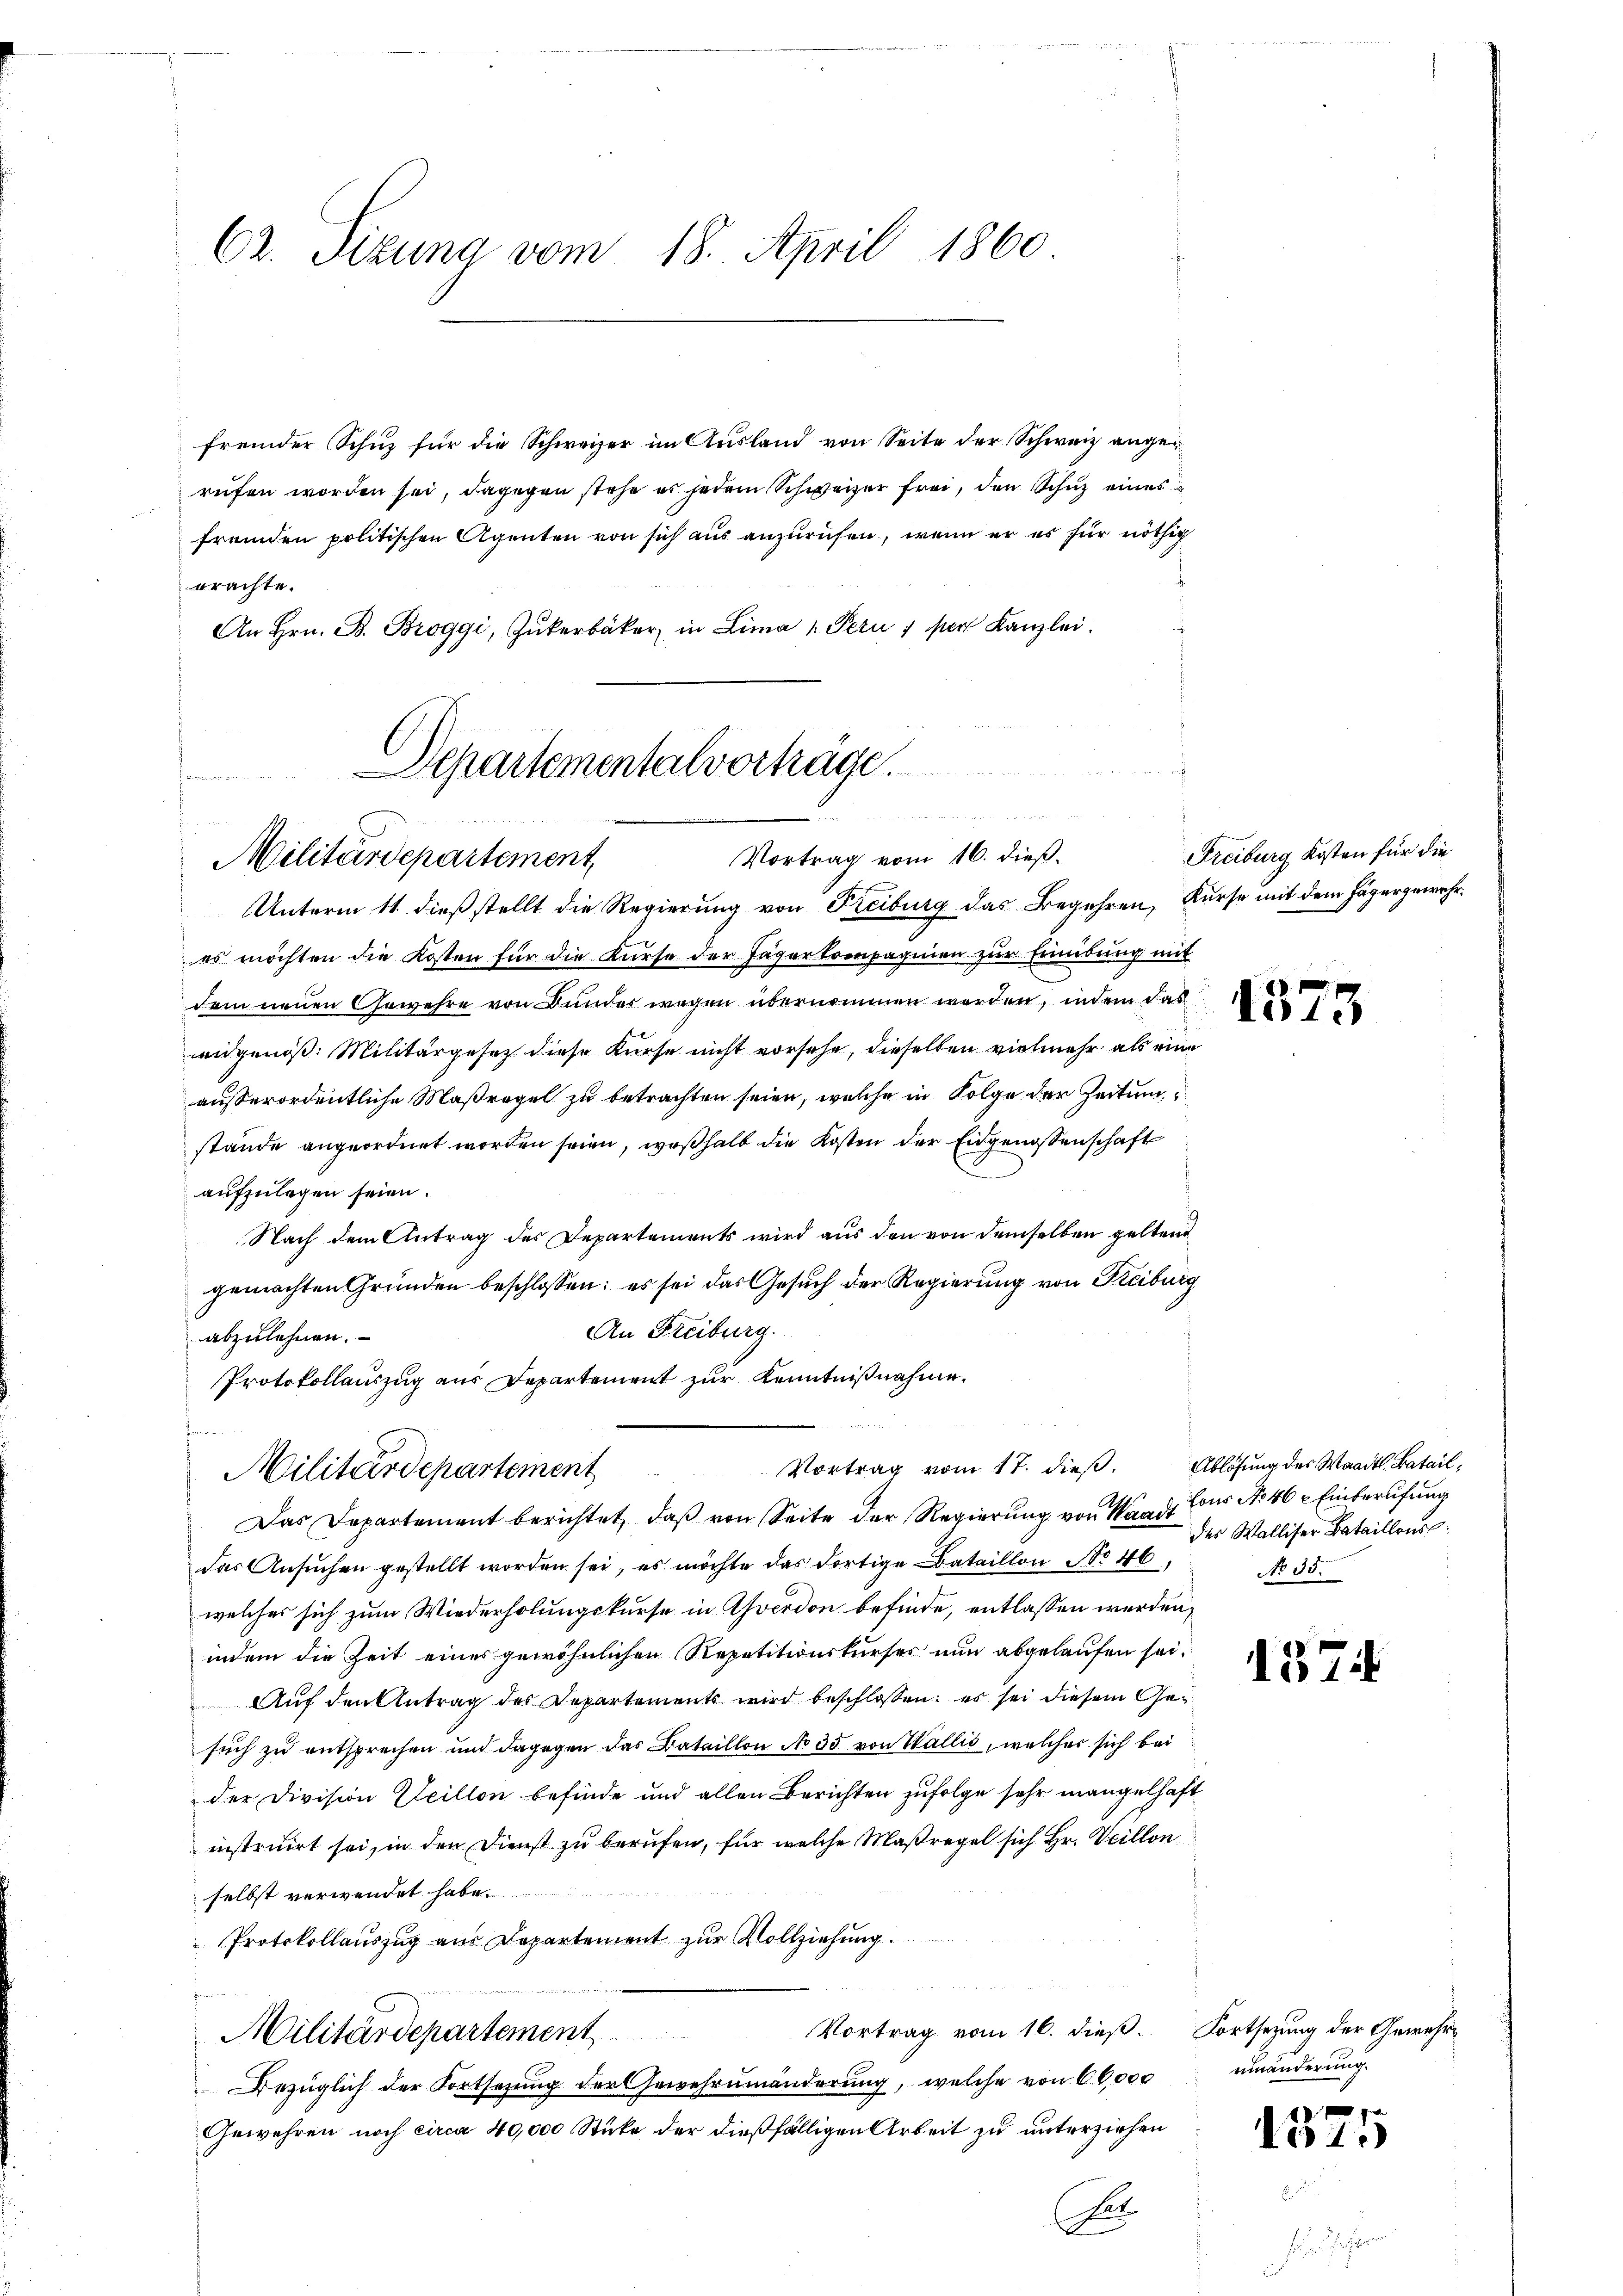
C2. Sizung vom 18. April 1860

fremder Schuz für die Schweizer im Ausland von Seite der Schweiz angerufen worden sei, dagegen stehe es jedem Schweizer frei, den Schuz eines
fremden politischen Agenten von sich aus anzurufen, wenn er es für nöthig
erachte.
An Hrn. B. Broggi, Zukerbäcker in Lima 1. Peru 1 per Kanzlei.

Departementalvorträge
Kindemandauern er

Vortrag vom 16. dieß.
Militärdepartement

Protokollauszug aus Departement zur Kenntnißnahme.
Militärdepartement

Unterm 11. dieß stellt die Regierung von Freiburg das Begehren, Kurse mit dem Fägergewehres möchten die Kosten für die Kurse der Jägerkompagnien zur Einibung mit
dem neuen Gewehre von Bunder wegen übernommen werden, indem das
engenoß. Militärgesetz diese Kurse nicht vorsehe, dieselben vielmehr als eine
außerordentliche Maßregel zu betrachten seien, welche in Folge der Zeitung
stände angeordnet worden seien, weßhalb die Kosten der Eidgenossenschaft
aufzulegen seien.
Nach dem Antrag des Departements wird aus den von demselben geltend
gemachten Gründen beschlossen: es sei das Gesŭch der Regierung von Freiburg
An Freiburg.
abzulehnen.
Das Departement berichtet, daß von Seite der Regierung von Waadt Cons No 46 - Einberufung
das Ansuchen gestellt worden sei, es möchte das dortige Bataillon No 46,
welches sich zum Wiederholungskurse in Yverdon befinde, entlassen werden,
indem die Zeit eines gewöhnlichen Repetitionskurses nun abgelaufen sei.
Auf den Antrag des Departements wird beschlossen: es sei diesem Gesuch zu entsprechen und dagegen das Bataillon No 35 von Wallis, welcher sich bei
der Division Heillon befinde und allen Berichten zufolge sehr mangelhaft
instruirt sei, in den Dienst zu berufen, für welche Maßregel sich Hr. Veillon
selbst verwendet habe.
Protokollauszug aus Departement zur Vollziehung
un
Vortrag vom 16. dieß. Fortsezung der Gewehr¬
Militärdepartement
Bezüglich der Fortsetzung der Gewehrnmänderung, welche von 60,000
Gewehren noch circa 40,000 Stüke der dießfälligen Arbeit zu unterziehen
A

Vortrag vom 17. dieß. Ablösung des Waadt. Batail¬

Freiburg Kosten für die

1373

der Walliser Bataillons
No 35.

137

uinänderung.

1
Dis 1